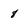
Character: 8